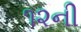
૧૨ની